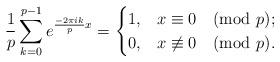
LaTeX: \begin{align*} \frac{1}{p}\sum^{p-1}_{k=0} e^{\frac{-2\pi ik}{p}x}= \begin{cases} 1, & x\equiv 0 \pmod p ;\\ 0, & x\not\equiv 0 \pmod p. \end{cases} \end{align*}